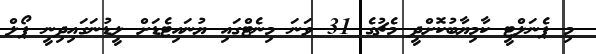
މި ޕެނަލްޓީ ކާމިޔާބުކޮށްދީ މެޗުގެ 31 ވަނަ މިނެޓްގައި ޔުނައިޓެޑަށް ލީޑުނަގައިދިނީ ޕޯލް